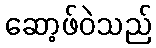
ဆော့ဖ်ဝဲသည်